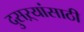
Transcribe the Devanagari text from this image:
दुसऱ्यांसाठी